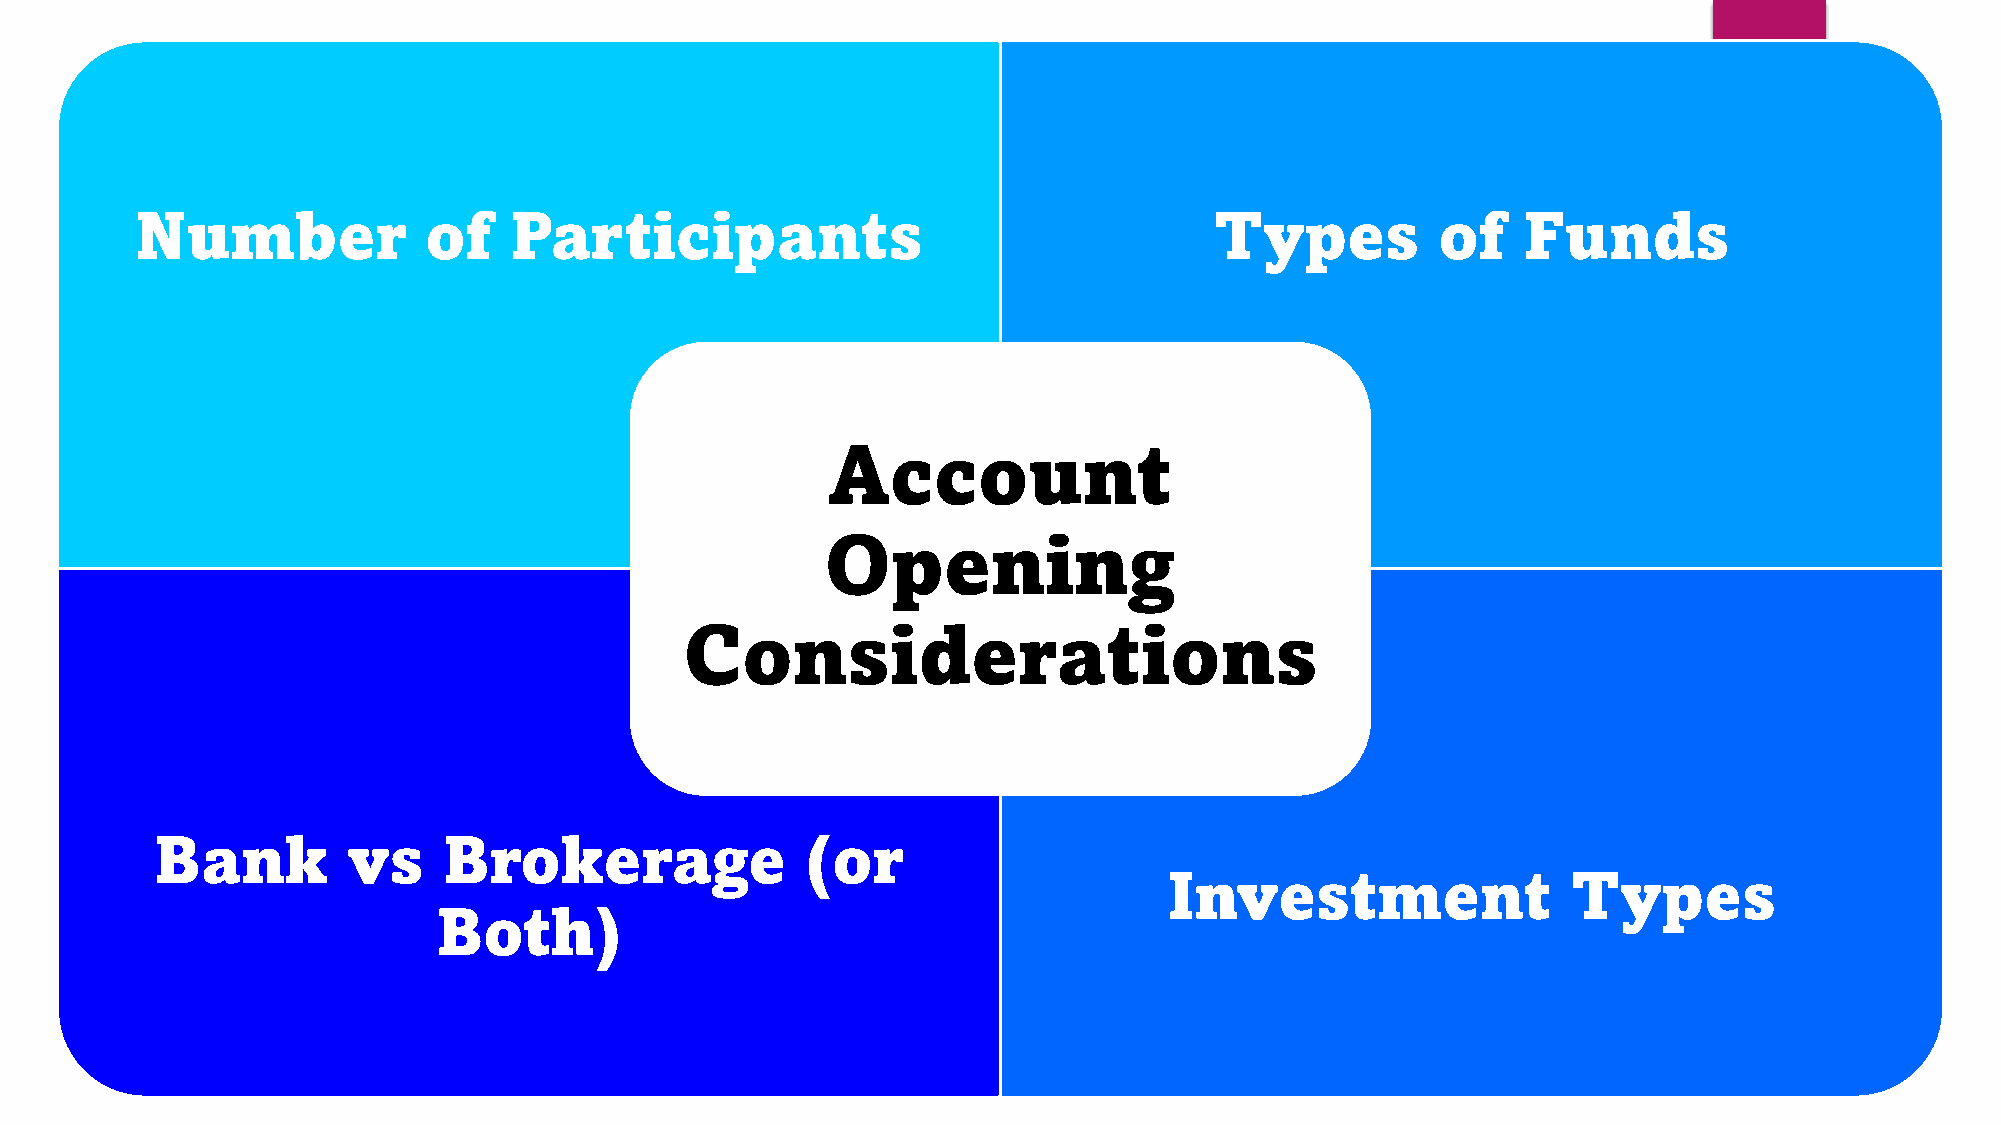
Account                  Opening
 Number             of    Participants                                  Types          of    Funds
 Account
 Opening
 Considerations
 Bank         vs    Brokerage               (or
 Investment                 Types
 Both)